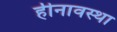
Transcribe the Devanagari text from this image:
हीनावस्था